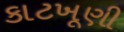
કાટખૂણી